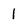
Character: 1